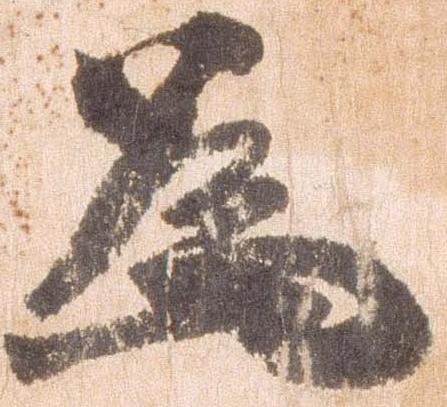
為